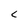
Character: e